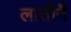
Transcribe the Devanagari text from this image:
लातीनै